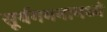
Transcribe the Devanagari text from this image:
सूर्यगमनामध्ये